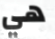
هي